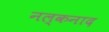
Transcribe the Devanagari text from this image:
नल्कनाद